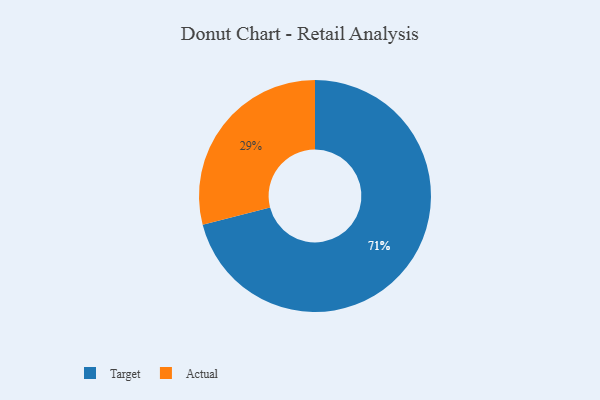
{"axis": {"x": "Category", "y": "Percentage"}, "legend": ["Actual", "Target"], "data": [{"x": "Target", "y": 71, "type": "Target"}, {"x": "Actual", "y": 29, "type": "Actual"}]}